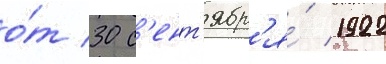
о́т 30 с'ент'ябр'я́ 1922